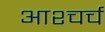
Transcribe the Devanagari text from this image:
आश्चर्च